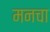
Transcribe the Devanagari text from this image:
मनचा